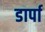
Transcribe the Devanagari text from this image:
डार्पा